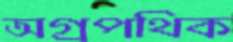
অগ্রপথিক